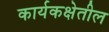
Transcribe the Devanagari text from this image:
कार्यकक्षेतील